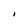
Character: I